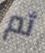
ثم